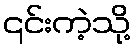
၎င်းကဲ့သို့